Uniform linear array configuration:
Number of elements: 24
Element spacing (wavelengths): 0.75
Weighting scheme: uniform
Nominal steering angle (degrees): -30
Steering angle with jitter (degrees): -28.398
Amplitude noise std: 0.05
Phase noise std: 0.05

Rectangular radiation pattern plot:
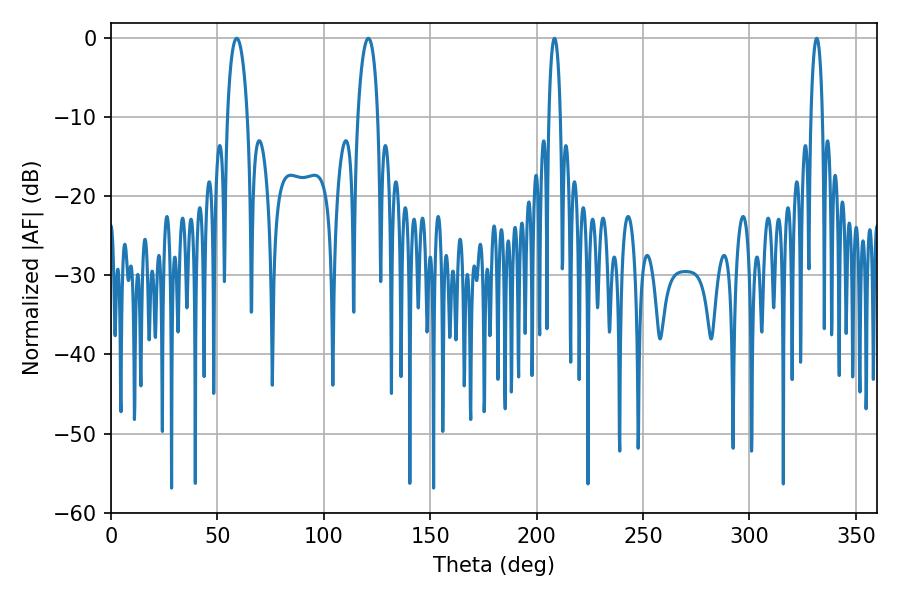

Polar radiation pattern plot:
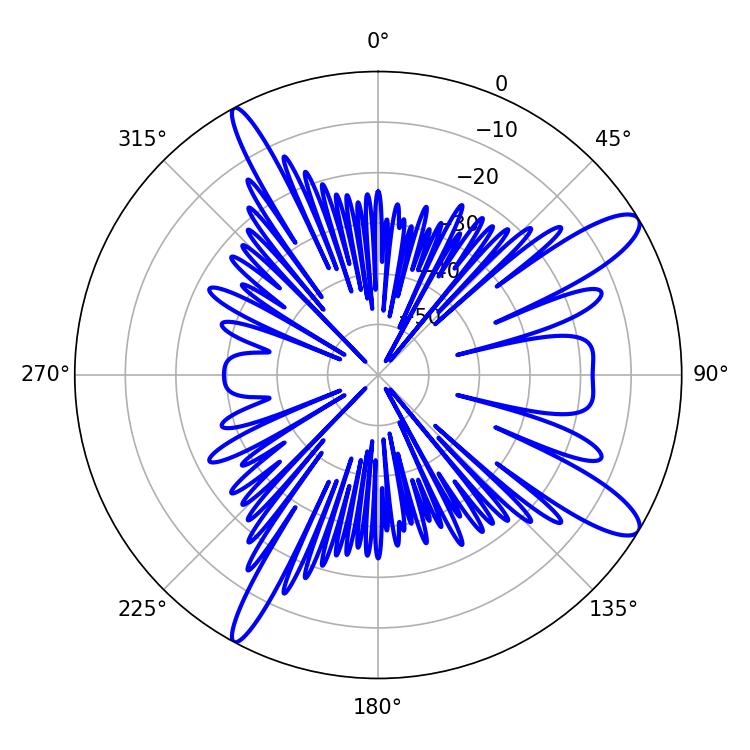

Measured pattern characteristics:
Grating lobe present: TRUE
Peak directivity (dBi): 11.94
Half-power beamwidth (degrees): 5.4
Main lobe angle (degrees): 59.04